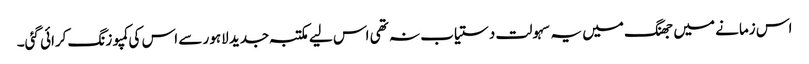
اس زمانے میں جھنگ میں یہ سہولت دستیاب نہ تھی اس لیے مکتبہ جدید لاہور سے اس کی کمپوزنگ کرائی گئی۔